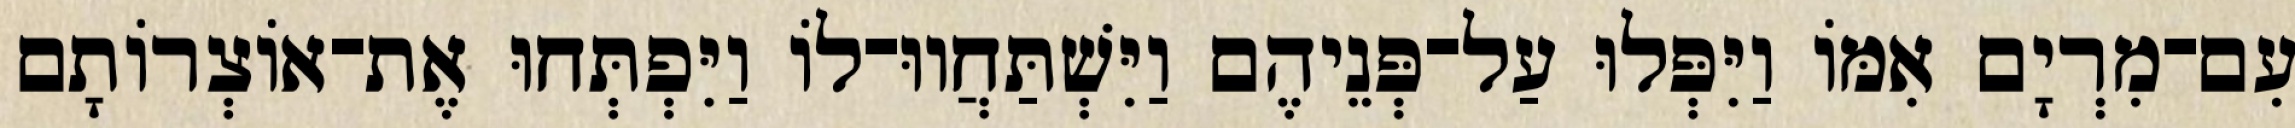
עִם־מִרְיָם אִמּוֹ וַיִּפְּלוּ עַל־פְּנֵיהֶם וַיִּשְׁתַּחֲווּ־לוֹ וַיִּפְתְּחוּ אֶת־אוֹצְרוֹתָם